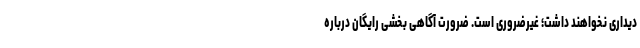
دیداری نخواهند داشت؛ غیرضروری است. ضرورت آگاهی‌ بخشی رایگان درباره